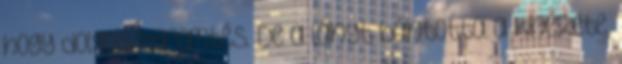
hogy dolgos teremtés. De a lányt bántotta a kinézete,